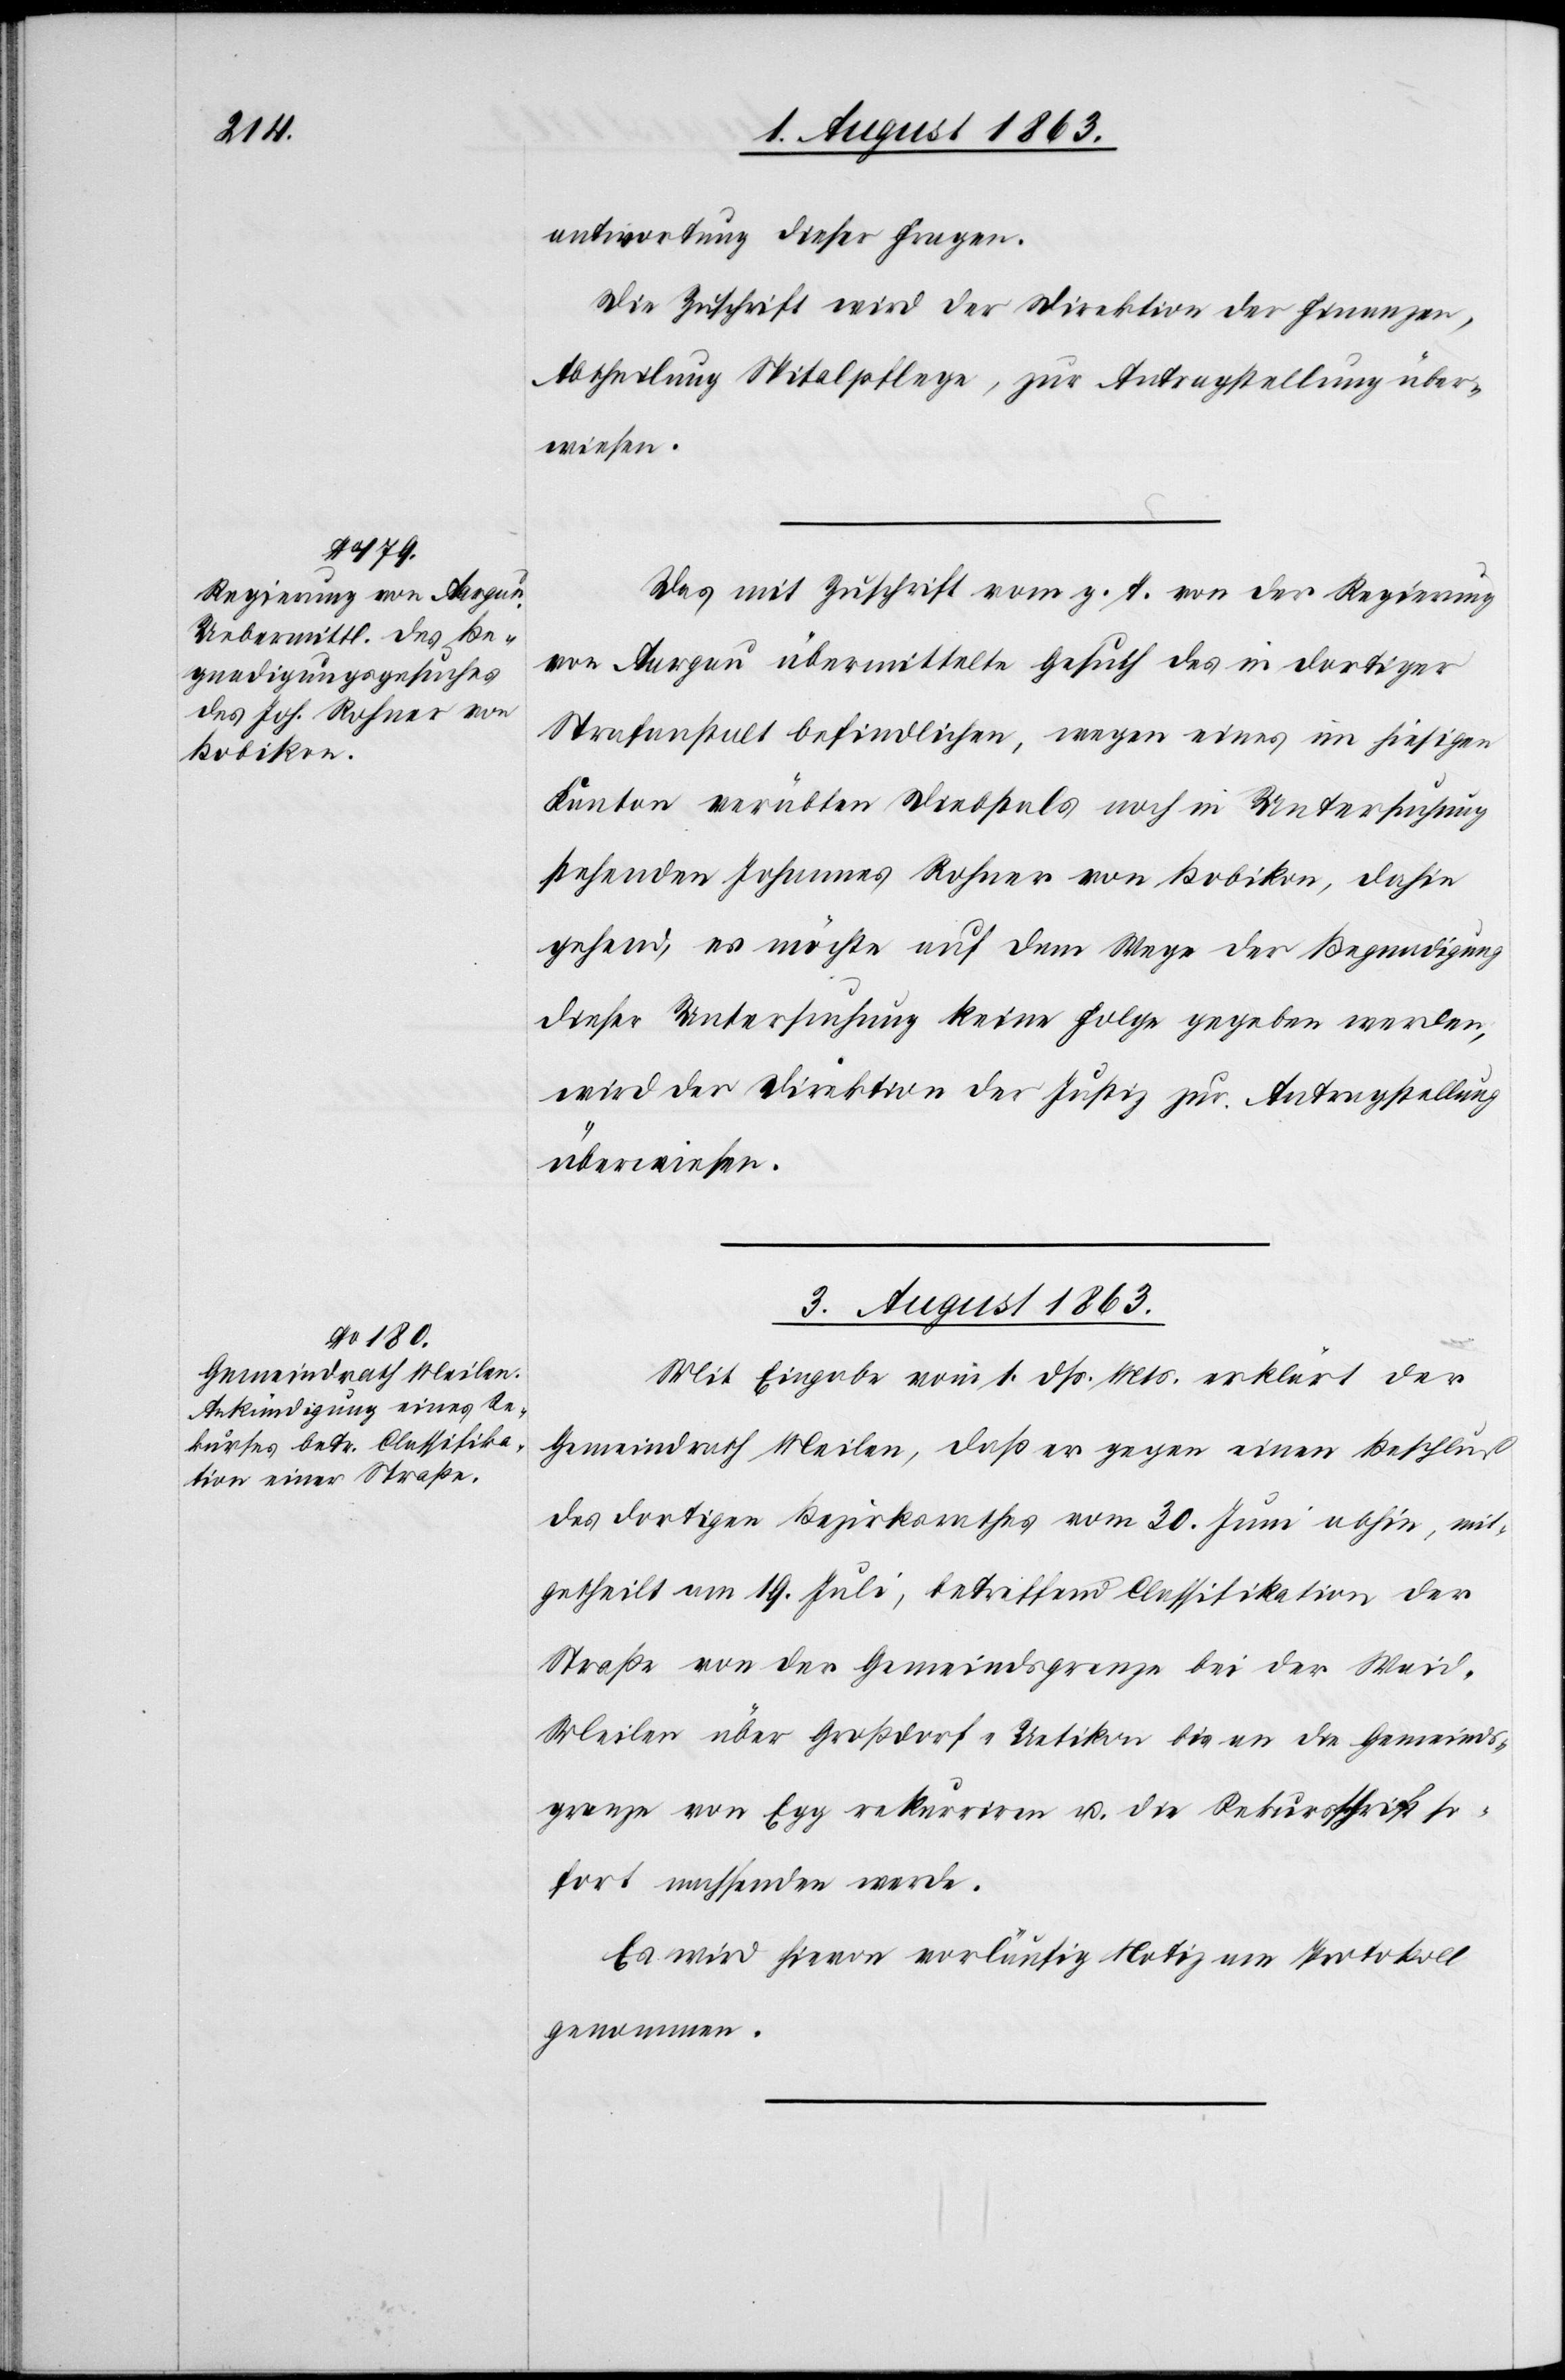
antwortung dieser Fragen.
Die Zuschrift wird der Direktion der Finanzen,
Abtheilung Spitalpflege, zur Antragstellung über¬
wiesen.
Das mit Zuschrift vom g. T. von der Regierung
von Aargau übermittelte Gesuch des in dortiger
Strafanstalt befindlichen, wegen eines im hiesigen
Kanton verübten Diebstals noch in Untersuchung
stehenden Johannes Rohner von Bobikon, dahin
gehend, es möchte auf dem Wege der Begnadigung
dieser Untersuchung keine Folge gegeben werden,
wird der Direktion der Justiz zur Antragstellung
überwiesen.
3. August 1863.
Mit Eingabe vom 1. dß. Mts. erklärt der
Gemeindrath Meilen, daß er gegen einen Beschluß
des dortigen Bezirksrathes vom 30. Juni abhin, mit¬
getheilt am 19. Juli, betreffend Classifikation der
Straße von der Gemeindsgrenze bei der Wai¬
d-Meilen über Großdorf-Uetikon bis an die Gemeinds¬
grenze von Egg rekurriren u. die Rekursschrift so¬
fort nachsenden werde.
Es wird hievon vorläufig Notiz am Protokoll
genommen.